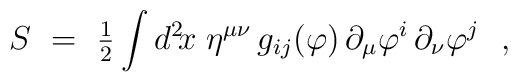
S~=~{\textstyle{1\over 2}} \int d^2\! x \; \eta^{\mu\nu} \, g_{ij}(\varphi) \,     \partial_\mu \varphi^i \, \partial_\nu\varphi^j~~,